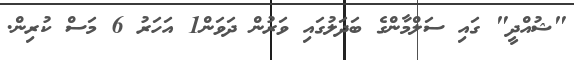
"ޝުއްދީ" ގައި ސަލްމާންގެ ބަދަލުގައި ވަރުން ދަވަން1 އަހަރު 6 މަސް ކުރިން.